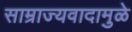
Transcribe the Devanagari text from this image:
साम्राज्यवादामुळे